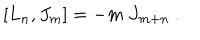
[ L _ { n } , J _ { m } ] = - m \ J _ { m + n } \ .